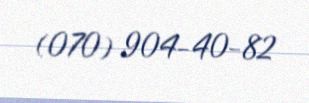
(070) 904-40-82